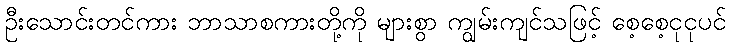
ဦးသောင်းတင်ကား ဘာသာစကားတို့ကို များစွာ ကျွမ်းကျင်သဖြင့် စေ့စေ့ငုငုပင်